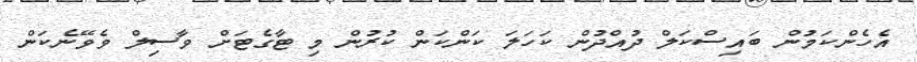
އެހެންކަމުން ބައިސްކަލް ދުއްދުން ކަހަަލަ ކަންކަން ކުރުން މި ޓާގެޓަށް ވާސިލް ވެވޭނެކަން